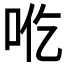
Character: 𰇒